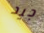
جيد